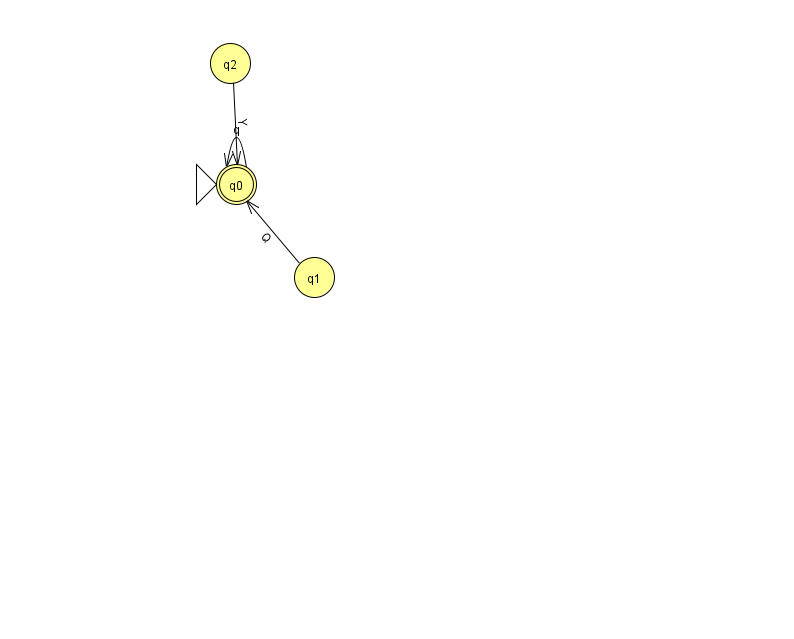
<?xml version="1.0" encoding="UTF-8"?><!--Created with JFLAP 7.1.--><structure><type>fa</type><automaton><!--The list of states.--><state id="0" name="q0"><x>236.0</x><y>171.0</y><initial/><final/></state><state id="1" name="q1"><x>314.0</x><y>264.0</y></state><state id="2" name="q2"><x>230.0</x><y>50.0</y></state><!--The list of transitions.--><transition><from>0</from><to>0</to><read>q</read></transition><transition><from>2</from><to>0</to><read>Y</read></transition><transition><from>1</from><to>0</to><read>Q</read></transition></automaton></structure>